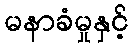
မနာခံမှုနှင့်